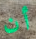
أن